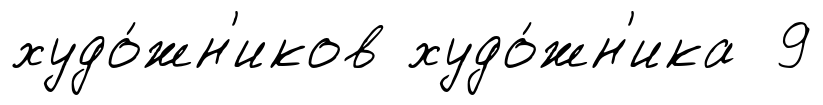
худо́жн'иков худо́жн'ика 9